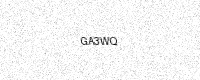
Text: GA3WQ